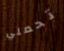
تحملي